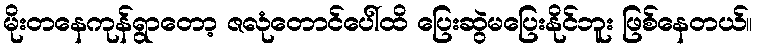
မိုးတနေကုန်ရွာတော့ ဇလုံတောင်ပေါ်ထိ ပြေးဆွဲမပြေးနိုင်ဘူး ဖြစ်နေတယ်။